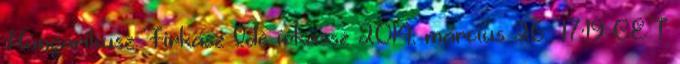
Hungarikusz Firkász Ide írkássz 2014. március 26., 17:19 CET